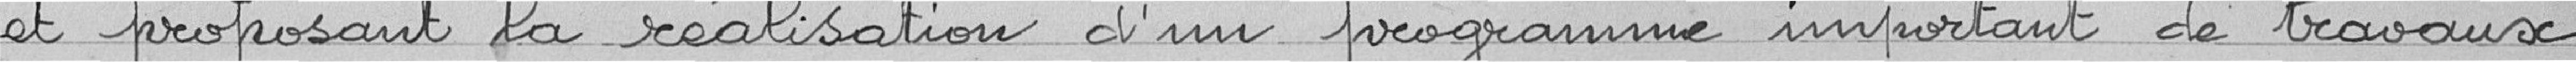
et proposant la réalisation d'un programme important de travaux